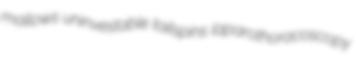
mallows uninvestable tailspins laparothoracoscopy